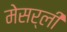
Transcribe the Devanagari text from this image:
मेसर्ली